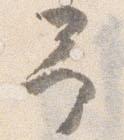
予